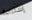
إستراحة